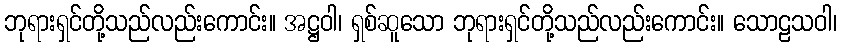
ဘုရားရှင်တို့သည်လည်းကောင်း။ အဋ္ဌဝါ၊ ရှစ်ဆူသော ဘုရားရှင်တို့သည်လည်းကောင်း။ သောဠသဝါ၊